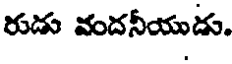
రుడు వందనీయుడు.